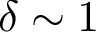
\delta \sim 1